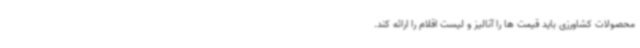
محصولات کشاورزی باید قیمت ها را آنالیز و لیست اقلام را ارائه کند.